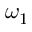
\omega _ { 1 }